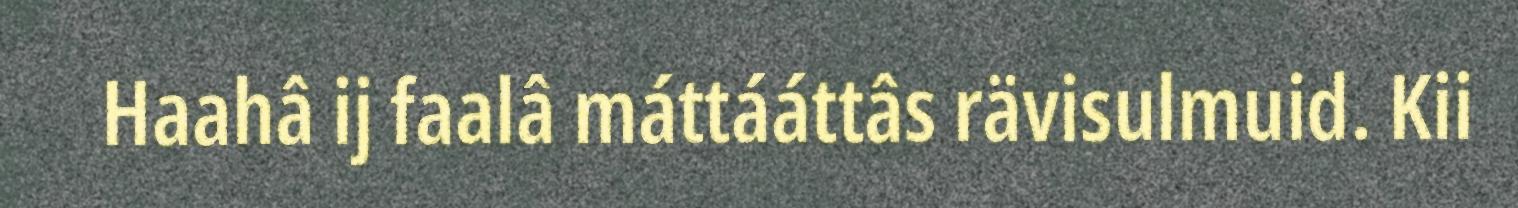
Haahâ ij faalâ máttááttâs rävisulmuid. Kii